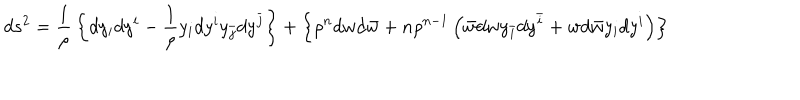
LaTeX: d s ^ { 2 } = { \frac { 1 } { \rho } } \left\{ d y _ { i } d y ^ { i } - { \frac { 1 } { \rho } } y _ { i } d y ^ { i } y _ { \bar { j } } d y ^ { \bar { j } } \right\} + \left\{ \rho ^ { n } d w d { \bar { w } } + n \rho ^ { n - 1 } \left( { \bar { w } } d w y _ { \bar { i } } d y ^ { \bar { i } } + w d { \bar { w } } y _ { i } d y ^ { i } \right) \right\}